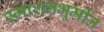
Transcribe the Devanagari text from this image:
स्माशनभूमीत